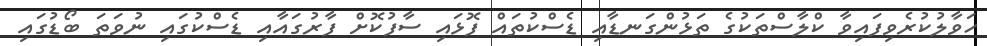
ހަވާލުކުރެވިފައިވާ ކްލާސްތަކުގެ ތަޅުންގަނޑާއި ޑެސްކުތައް ފޮޅައި ސާފުކޮށް ފާރުގައާއި ޑެސްކުގައި ނުވަތަ ބޯޑުގައި